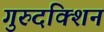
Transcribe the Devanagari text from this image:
गुरुदक्शिन